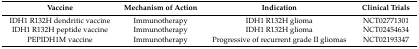
| Vaccine | Mechanism of Action | Indication | Clinical Trials |
 | --- | --- | --- | --- |
 | IDH1 R132H dendritic vaccine | Immunotherapy | IDH1 R132H glioma | NCT02771301 |
 | IDH1 R132H peptide vaccine | Immunotherapy | IDH1 R132H glioma | NCT02454634 |
 | PEPIDH1M vaccine | Immunotherapy | Progressive of recurrent grade II gliomas | NCT02193347 |